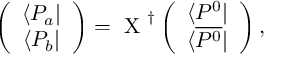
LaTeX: \left( \begin{array} { c } { { \langle P _ { a } | } } \\ { { \langle P _ { b } | } } \end{array} \right) = \mathrm { \boldmath ~ X ~ } ^ { \dagger } \left( \begin{array} { c } { { \langle P ^ { 0 } | } } \\ { { \langle \overline { { { P ^ { 0 } } } } | } } \end{array} \right) ,